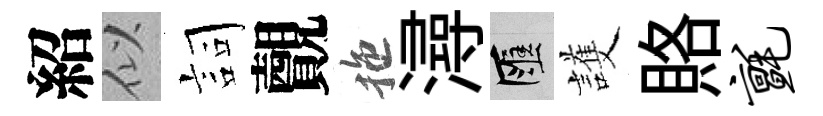
紹似詞覿拖潯匯護賂毡